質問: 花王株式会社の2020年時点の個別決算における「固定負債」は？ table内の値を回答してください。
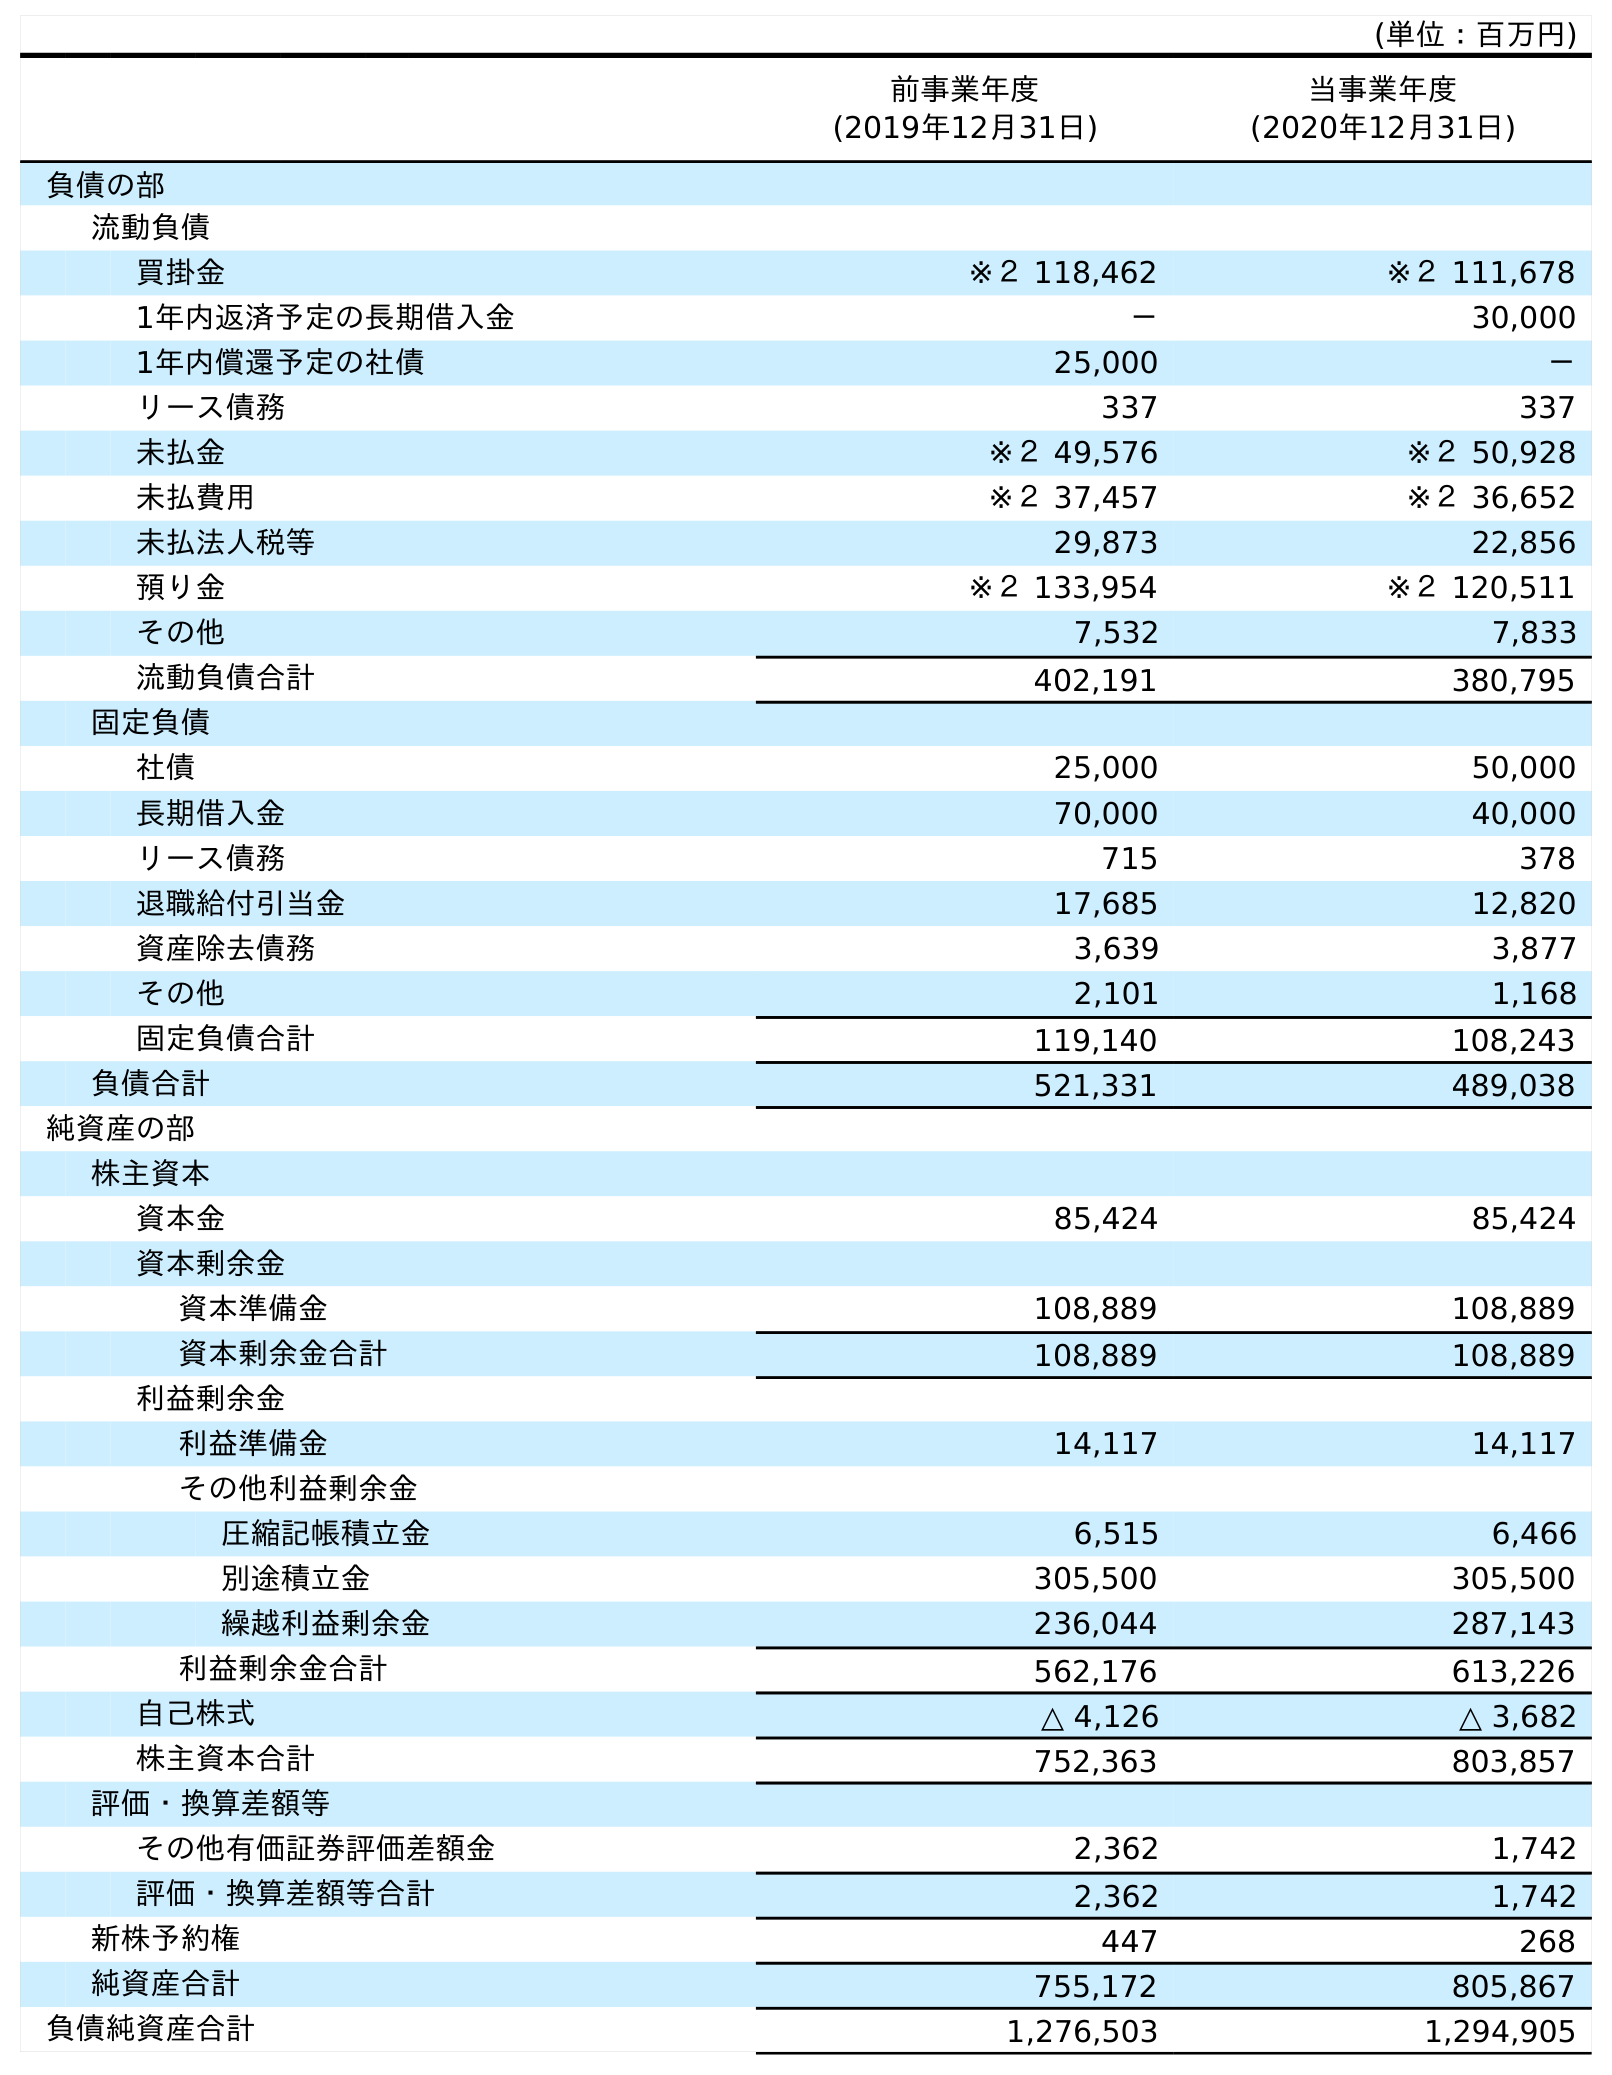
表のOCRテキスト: (単位：百万円) 前事業年度 (2019年12月31日) 当事業年度 (2020年12月31日) 負債の部 流動負債 買掛金 ※２ 118,462 ※２ 111,678 1年内返済予定の長期借入金 － 30,000 1年内償還予定の社債 25,000 － リース債務 337 337 未払金 ※２ 49,576 ※２ 50,928 未払費用 ※２ 37,457 ※２ 36,652 未払法人税等 29,873 22,856 預り金 ※２ 133,954 ※２ 120,511 その他 7,532 7,833 流動負債合計 402,191 380,795 固定負債 社債 25,000 50,000 長期借入金 70,000 40,000 リース債務 715 378 退職給付引当金 17,685 12,820 資産除去債務 3,639 3,877 その他 2,101 1,168 固定負債合計 119,140 108,243 負債合計 521,331 489,038 純資産の部 株主資本 資本金 85,424 85,424 資本剰余金 資本準備金 108,889 108,889 資本剰余金合計 108,889 108,889 利益剰余金 利益準備金 14,117 14,117 その他利益剰余金 圧縮記帳積立金 6,515 6,466 別途積立金 305,500 305,500 繰越利益剰余金 236,044 287,143 利益剰余金合計 562,176 613,226 自己株式 △ 4,126 △ 3,682 株主資本合計 752,363 803,857 評価・換算差額等 その他有価証券評価差額金 2,362 1,742 評価・換算差額等合計 2,362 1,742 新株予約権 447 268 純資産合計 755,172 805,867 負債純資産合計 1,276,503 1,294,905
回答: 108,243